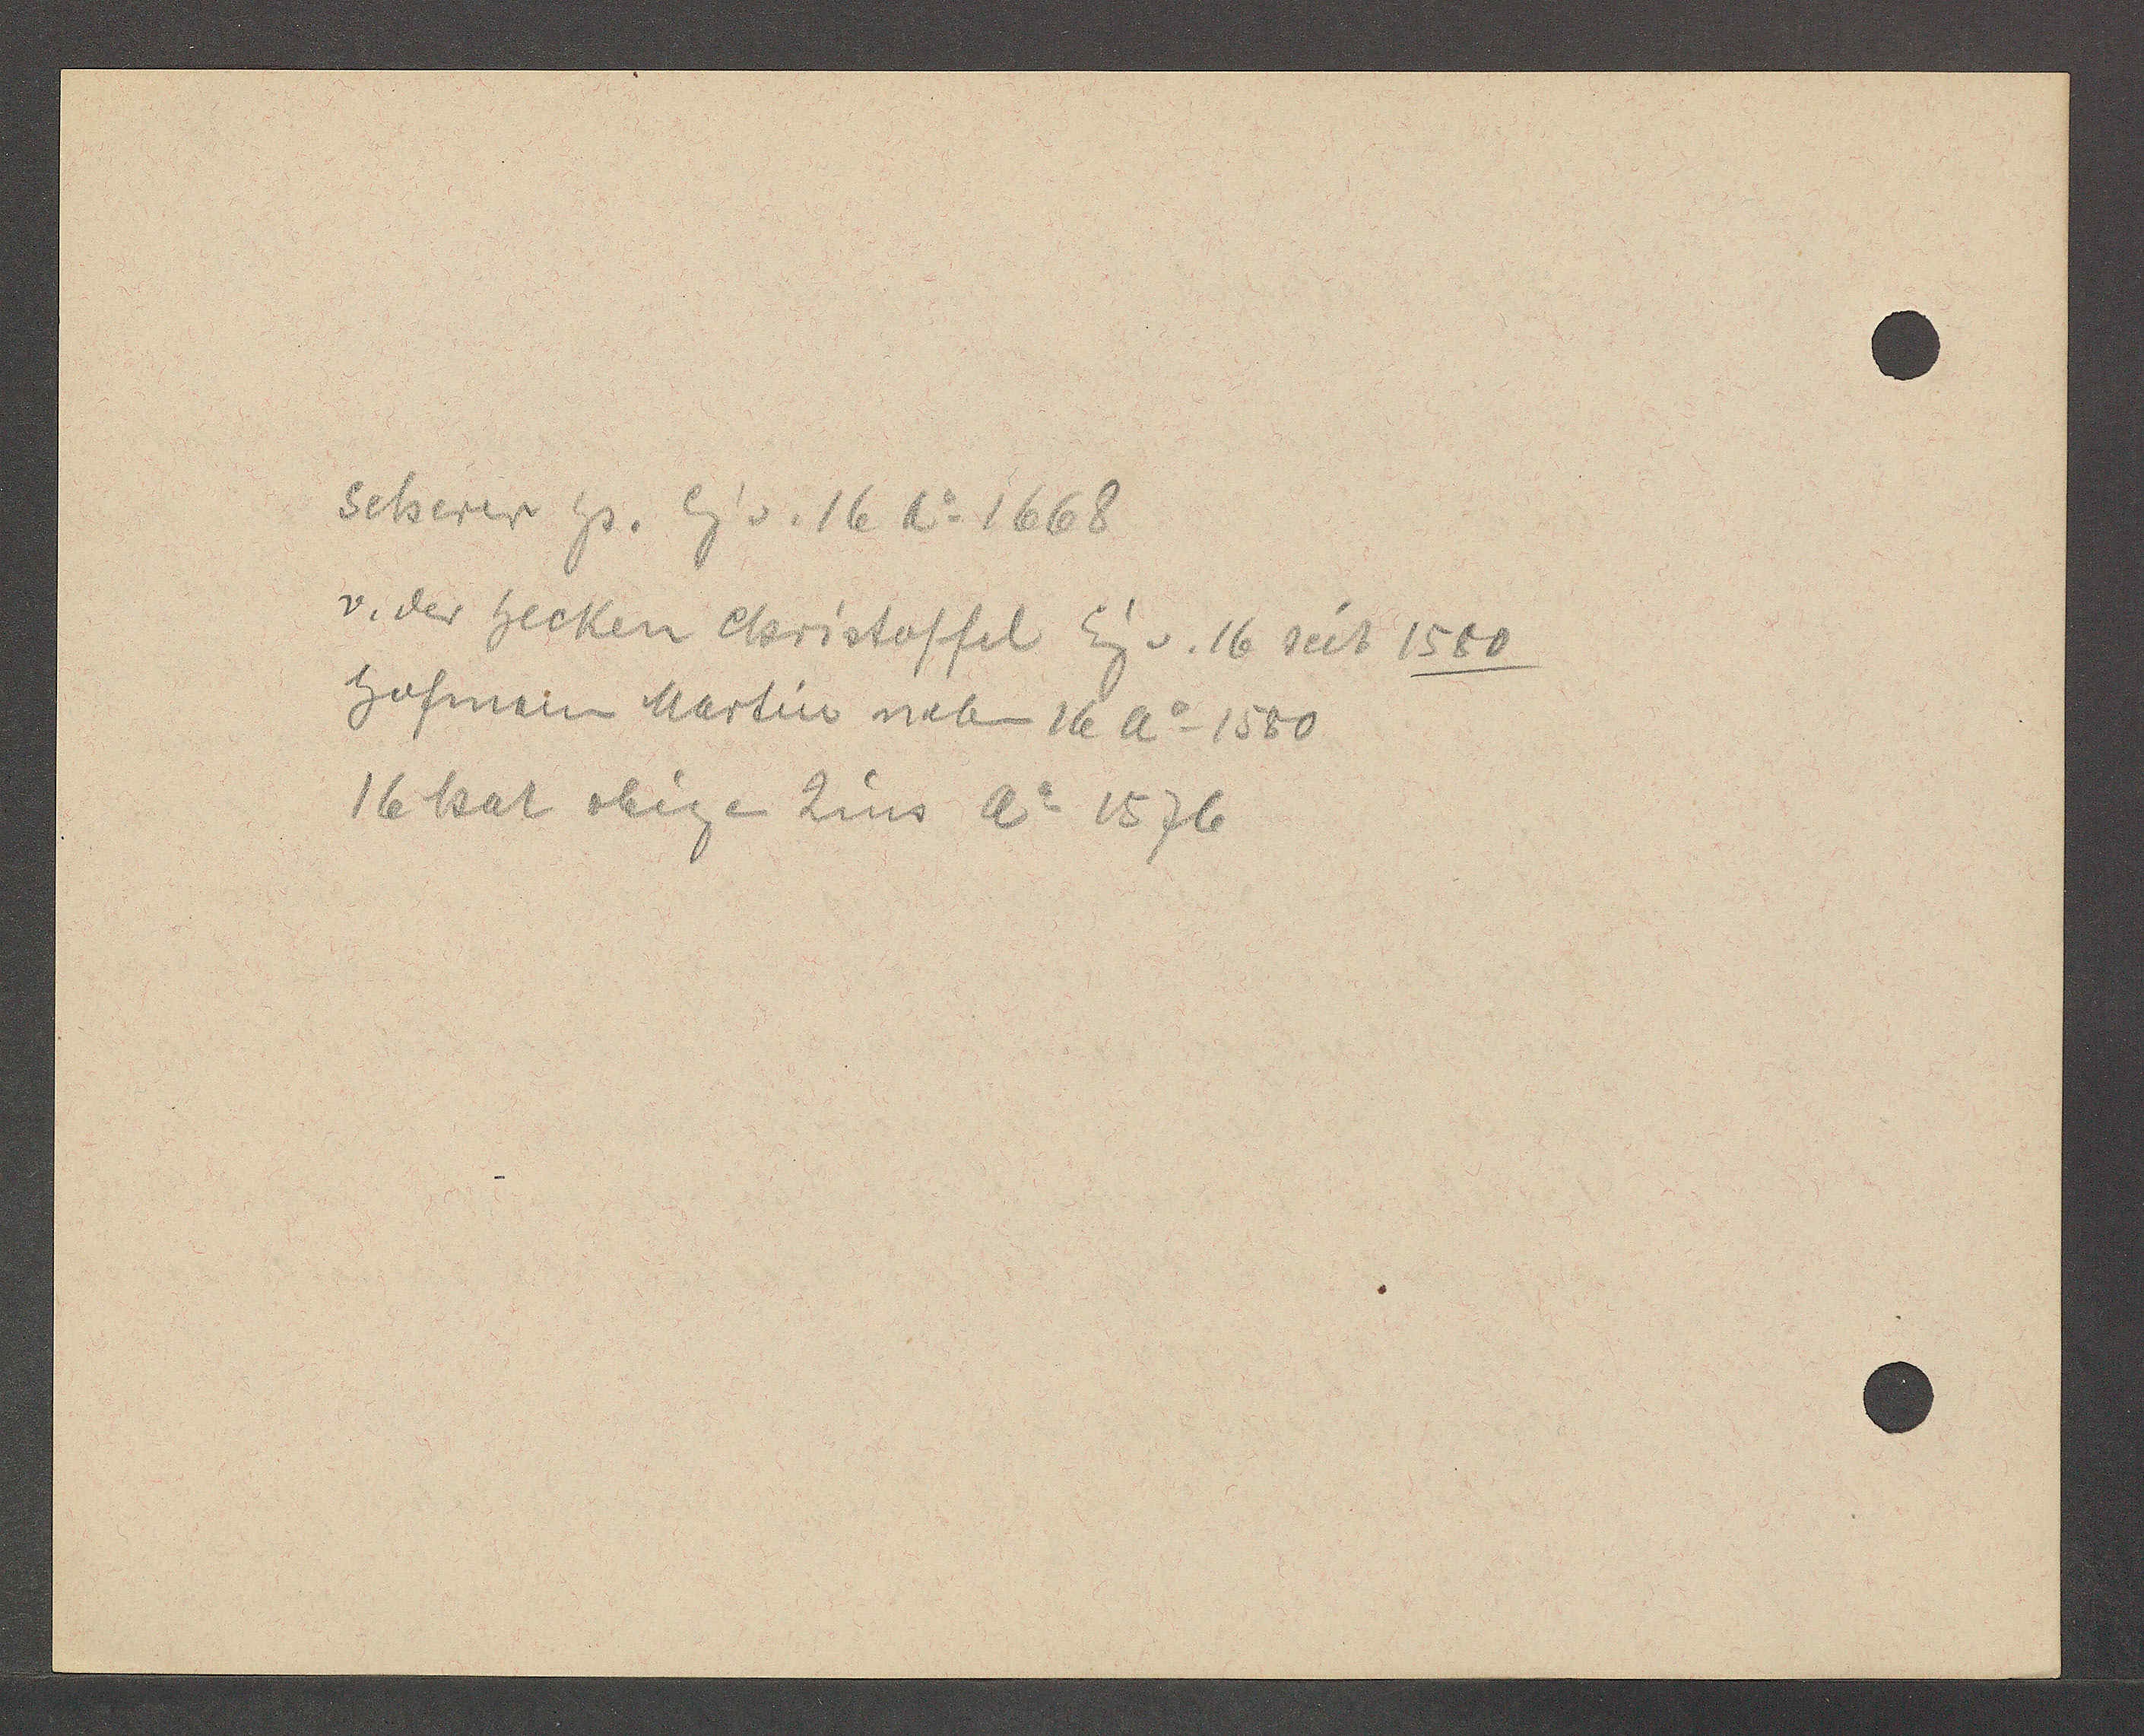
Transcript:
Scherer hs. Eig v. 16 Ao 1668
v. der hecken Cristoffel Eig v. 16 seit 1580
hofman Martin neben 16 Ao 1580
16 hat obigen Zins Ao 1576